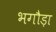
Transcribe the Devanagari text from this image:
भगौड़ा